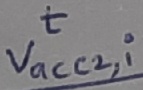
Text: t Vacc2,i